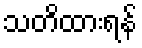
သတိထားရန်